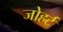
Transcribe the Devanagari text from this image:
जोहर्ट